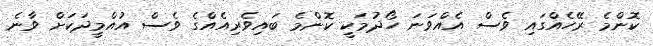
ކޮންމެ ރޭހެއްގައި ވެސް އެއްވަނަ ހޯދުމަކީ ކޮންމެ ބައިވެރިއެއްގެ ވެސް އުއްމީދަކަށް ވާނެ